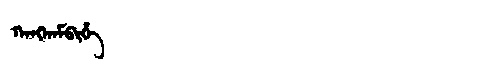
Manchu: ᡴᠠᠩᡴᠠᠮᠪᡳᡥᡝ
Romanization: KANGKAMBIHE